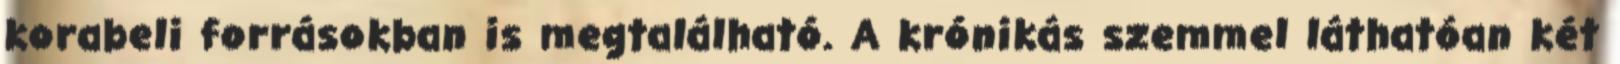
korabeli forrásokban is megtalálható. A krónikás szemmel láthatóan két